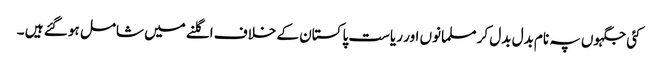
کئی جگہوں پہ نام بدل بدل کر مسلمانوں اور ریاست پاکستان کے خلاف اگلنے میں شامل ہو گئے ہیں ۔